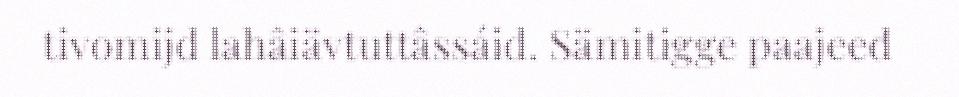
tivomijd lahâiävtuttâssáid. Sämitigge paajeed